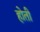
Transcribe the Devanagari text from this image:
होती